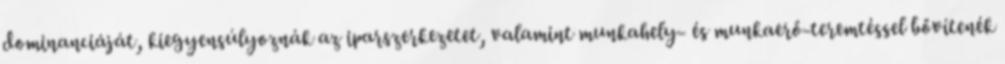
dominanciáját, kiegyensúlyoznák az iparszerkezetet, valamint munkahely- és munkaerő-teremtéssel bővítenék